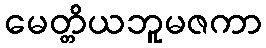
မေတ္တိယဘူမဇကာ